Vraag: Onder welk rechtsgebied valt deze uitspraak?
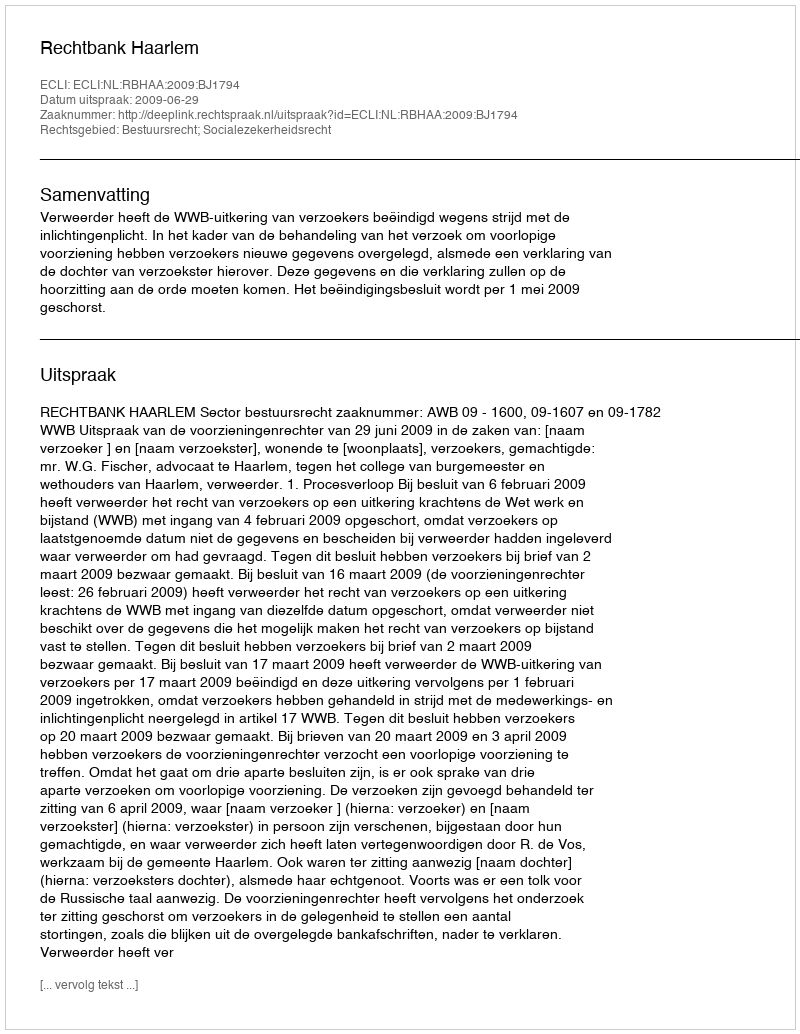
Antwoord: Bestuursrecht; Socialezekerheidsrecht